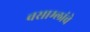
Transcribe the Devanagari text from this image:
वसाम्लांचे